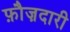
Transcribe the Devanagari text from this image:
फ़ौज़दारी